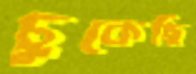
চুকেছি